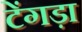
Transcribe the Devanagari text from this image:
टेंगड़ा